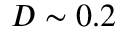
D \sim 0 . 2